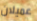
عميلان